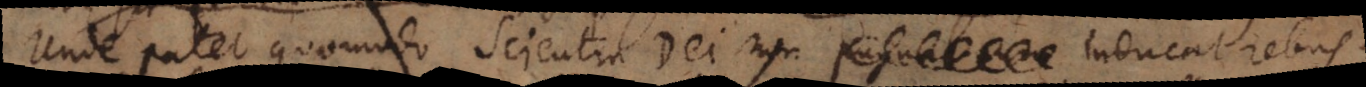
Unde patet quomodo Scientia Dei non pugnat rem